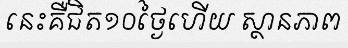
នេះគឺជិត១០ថ្ងៃហើយ ស្ថានភាព